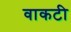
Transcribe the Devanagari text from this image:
वाकटी